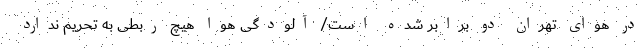
در هوای تهران دو برابر شده است/ آلودگی هوا هیچ ربطی به تحریم ندارد